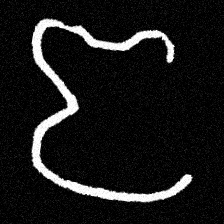
Pyu character \u2014 Myanmar letter: ဇ (romanized: ja)